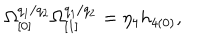
\Omega _ { \lbrack 0 ] } ^ { q _ { 1 } / q _ { 2 } } \Omega _ { \lbrack 1 ] } ^ { q _ { 1 } / q _ { 2 } } = \eta _ { 4 } h _ { 4 ( 0 ) } ,